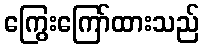
ကြွေးကြော်ထားသည်